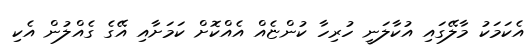
އެކަމަކު މާލޭގައި އުކާލަނީ ހުރިހާ ކުންޏެއް އެއްކޮށް ކަމަށާއި އޭގެ ގެއްލުން އެކި